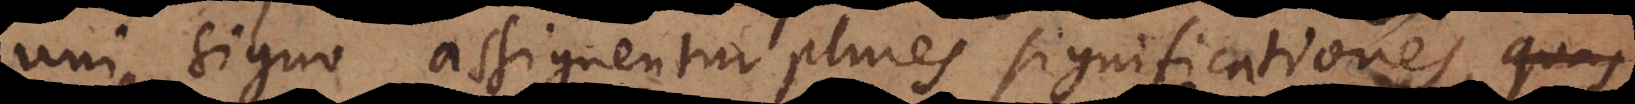
uni signo assignentur plures significationes, quas